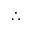
\therefore